Code of medical and sanitary regulations for the guidance of medical officers serving in the Madras Presidency - Volume I
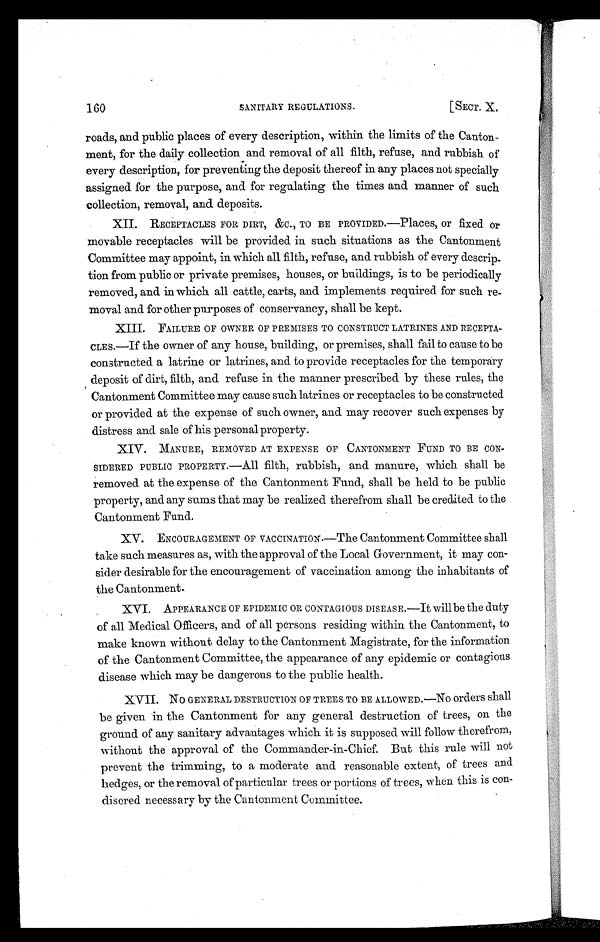
160
SANITARY REGULATIONS.
[SECT. X.
roads, and public places of every description, within the limits of the Canton-
ment, for the daily collection and removal of all filth, refuse, and rubbish of
every description, for preventing the deposit thereof in any places not specially
assigned for the purpose, and for regulating the times and manner of such
collection, removal, and deposits.
XII. RECEPTACLES FOR DIRT, &C., TO BE PROVIDED.—Places, or fixed or
movable receptacles will be provided in such situations as the Cantonment
Committee may appoint, in which all filth, refuse, and rubbish of every descrip
-tion from public or private premises, houses, or buildings, is to be periodically
removed, and in which all cattle, carts, and implements required for such re-
moval and for other purposes of conservancy, shall be kept.
XIII. FAILURE OF OWNER OF PREMISES TO CONSTRUCT LATRINES AND RECEPTA-
CLES.—If the owner of any house, building, or premises, shall fail to cause to be
constructed a latrine or latrines, and to provide receptacles for the temporary
deposit of dirt, filth, and refuse in the manner prescribed by these rules, the
Cantonment Committee may cause such latrines or receptacles to be constructed
or provided at the expense of such owner, and may recover such expenses by
distress and sale of his personal property.
XIV. MANURE, REMOVED AT EXPENSE OF CANTONMENT FUND TO BE CON-
SIDERED PUBLIC PROPERTY.—All filth, rubbish, and manure, which shall be
removed at the expense of the Cantonment Fund, shall be held to be public
property, and any sums that may be realized therefrom shall be credited to the
Cantonment Fund.
XV. ENCOURAGEMENT OF VACCINATION.—The Cantonment Committee shall
take such measures as, with the approval of the Local Government, it may con-
sider desirable for the encouragement of vaccination among the inhabitants of
the Cantonment.
XVI. APPEARANCE OF EPIDEMIC OR CONTAGIOUS DISEASE.—It will be the duty
of all Medical Officers, and of all persons residing within the Cantonment, to
make known without delay to the Cantonment Magistrate, for the information
of the Cantonment Committee, the appearance of any epidemic or contagious
disease which may be dangerous to the public health.
XVII. No GENERAL DESTRUCTION OF TREES TO BE ALLOWED.—NO orders shall
be given in the Cantonment for any general destruction of trees, on the
ground of any sanitary advantages which it is supposed will follow therefrom,
without the approval of the Commander-in-Chief. But this rule will not
prevent the trimming, to a moderate and reasonable extent, of trees and.
hedges, or the removal of particular trees or portions of trees, when this is con-
disered necessary by the Cantonment Committee.